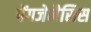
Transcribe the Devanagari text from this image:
पेंगजेनैसिस